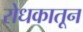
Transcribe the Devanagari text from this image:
रोधकातून